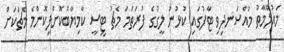
މައުލޫމާތު މުއްސަނދިވި ޓާފުގައި ކުޅުނު ލީގުގެ ފުރަތަމަ މެޗު ޓީސީ ކާމިޔާބުކޮށްފިކޮންމެ މެޗަކަށް